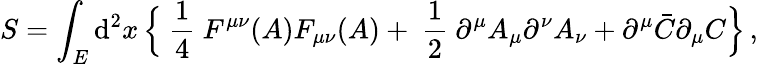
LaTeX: S=\int_{E}\mathrm{d}^{2}x\, \Bigr\{ \mathrm{{~\frac{{1}}{{4}}~}}F^{\mu\nu}(A)F_{\mu\nu}(A)+\mathrm{{~\frac{{1}}{{2}}~}}\partial^{\mu}A_{\mu}\partial^{\nu}A_{\nu}+\partial^{\mu}\bar{{C}}\partial_{\mu}C\Bigr\} \, ,